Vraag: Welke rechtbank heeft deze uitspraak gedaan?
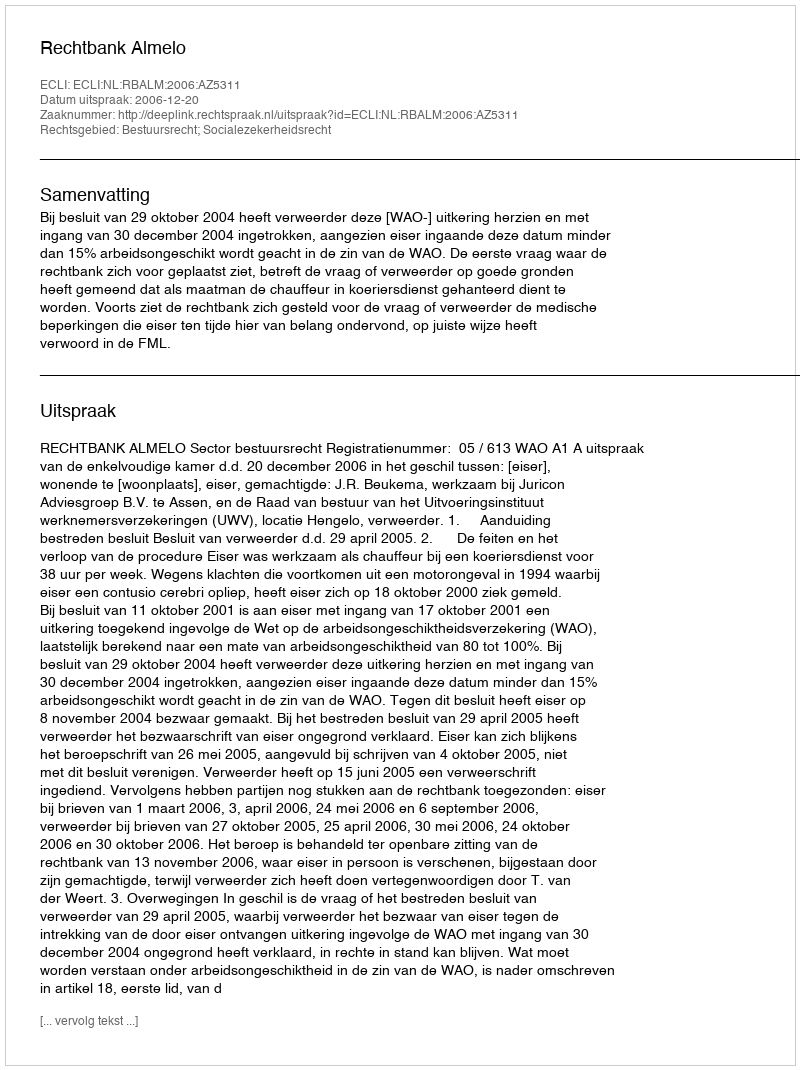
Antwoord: Rechtbank Almelo